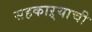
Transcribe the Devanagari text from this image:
सहकाऱ्याची